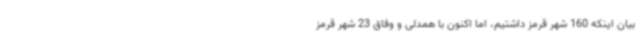
بیان اینکه 160 شهر قرمز داشتیم، اما اکنون با همدلی و وفاق 23 شهر قرمز